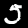
Digit: 5